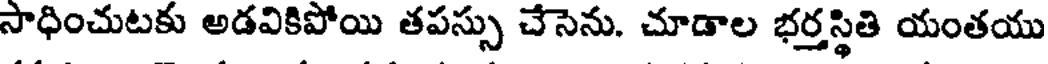
సాధించుటకు అడవికిపోయి తపస్సు చేసెను. చూడాల భర్తస్థితి యంతయు